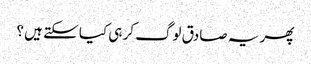
پھر یہ صادق لوگ کر ہی کیا سکتے ہیں ؟